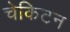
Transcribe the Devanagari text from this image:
चेकिटन